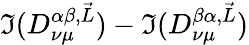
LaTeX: \Im(D_{\nu\mu}^{\alpha\beta,\vec{L}})-\Im(D_{\nu\mu}^{\beta\alpha,\vec{L}})